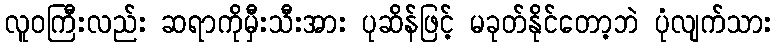
လူဝကြီးလည်း ဆရာကိုမှီးသီးအား ပုဆိန်ဖြင့် မခုတ်နိုင်တော့ဘဲ ပုံလျက်သား